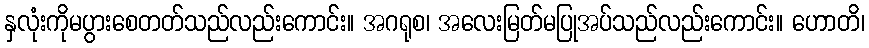
နှလုံးကိုမပွားစေတတ်သည်လည်းကောင်း။ အဂရုစ၊ အလေးမြတ်မပြုအပ်သည်လည်းကောင်း။ ဟောတိ၊